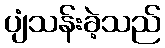
ပျံသန်းခဲ့သည်